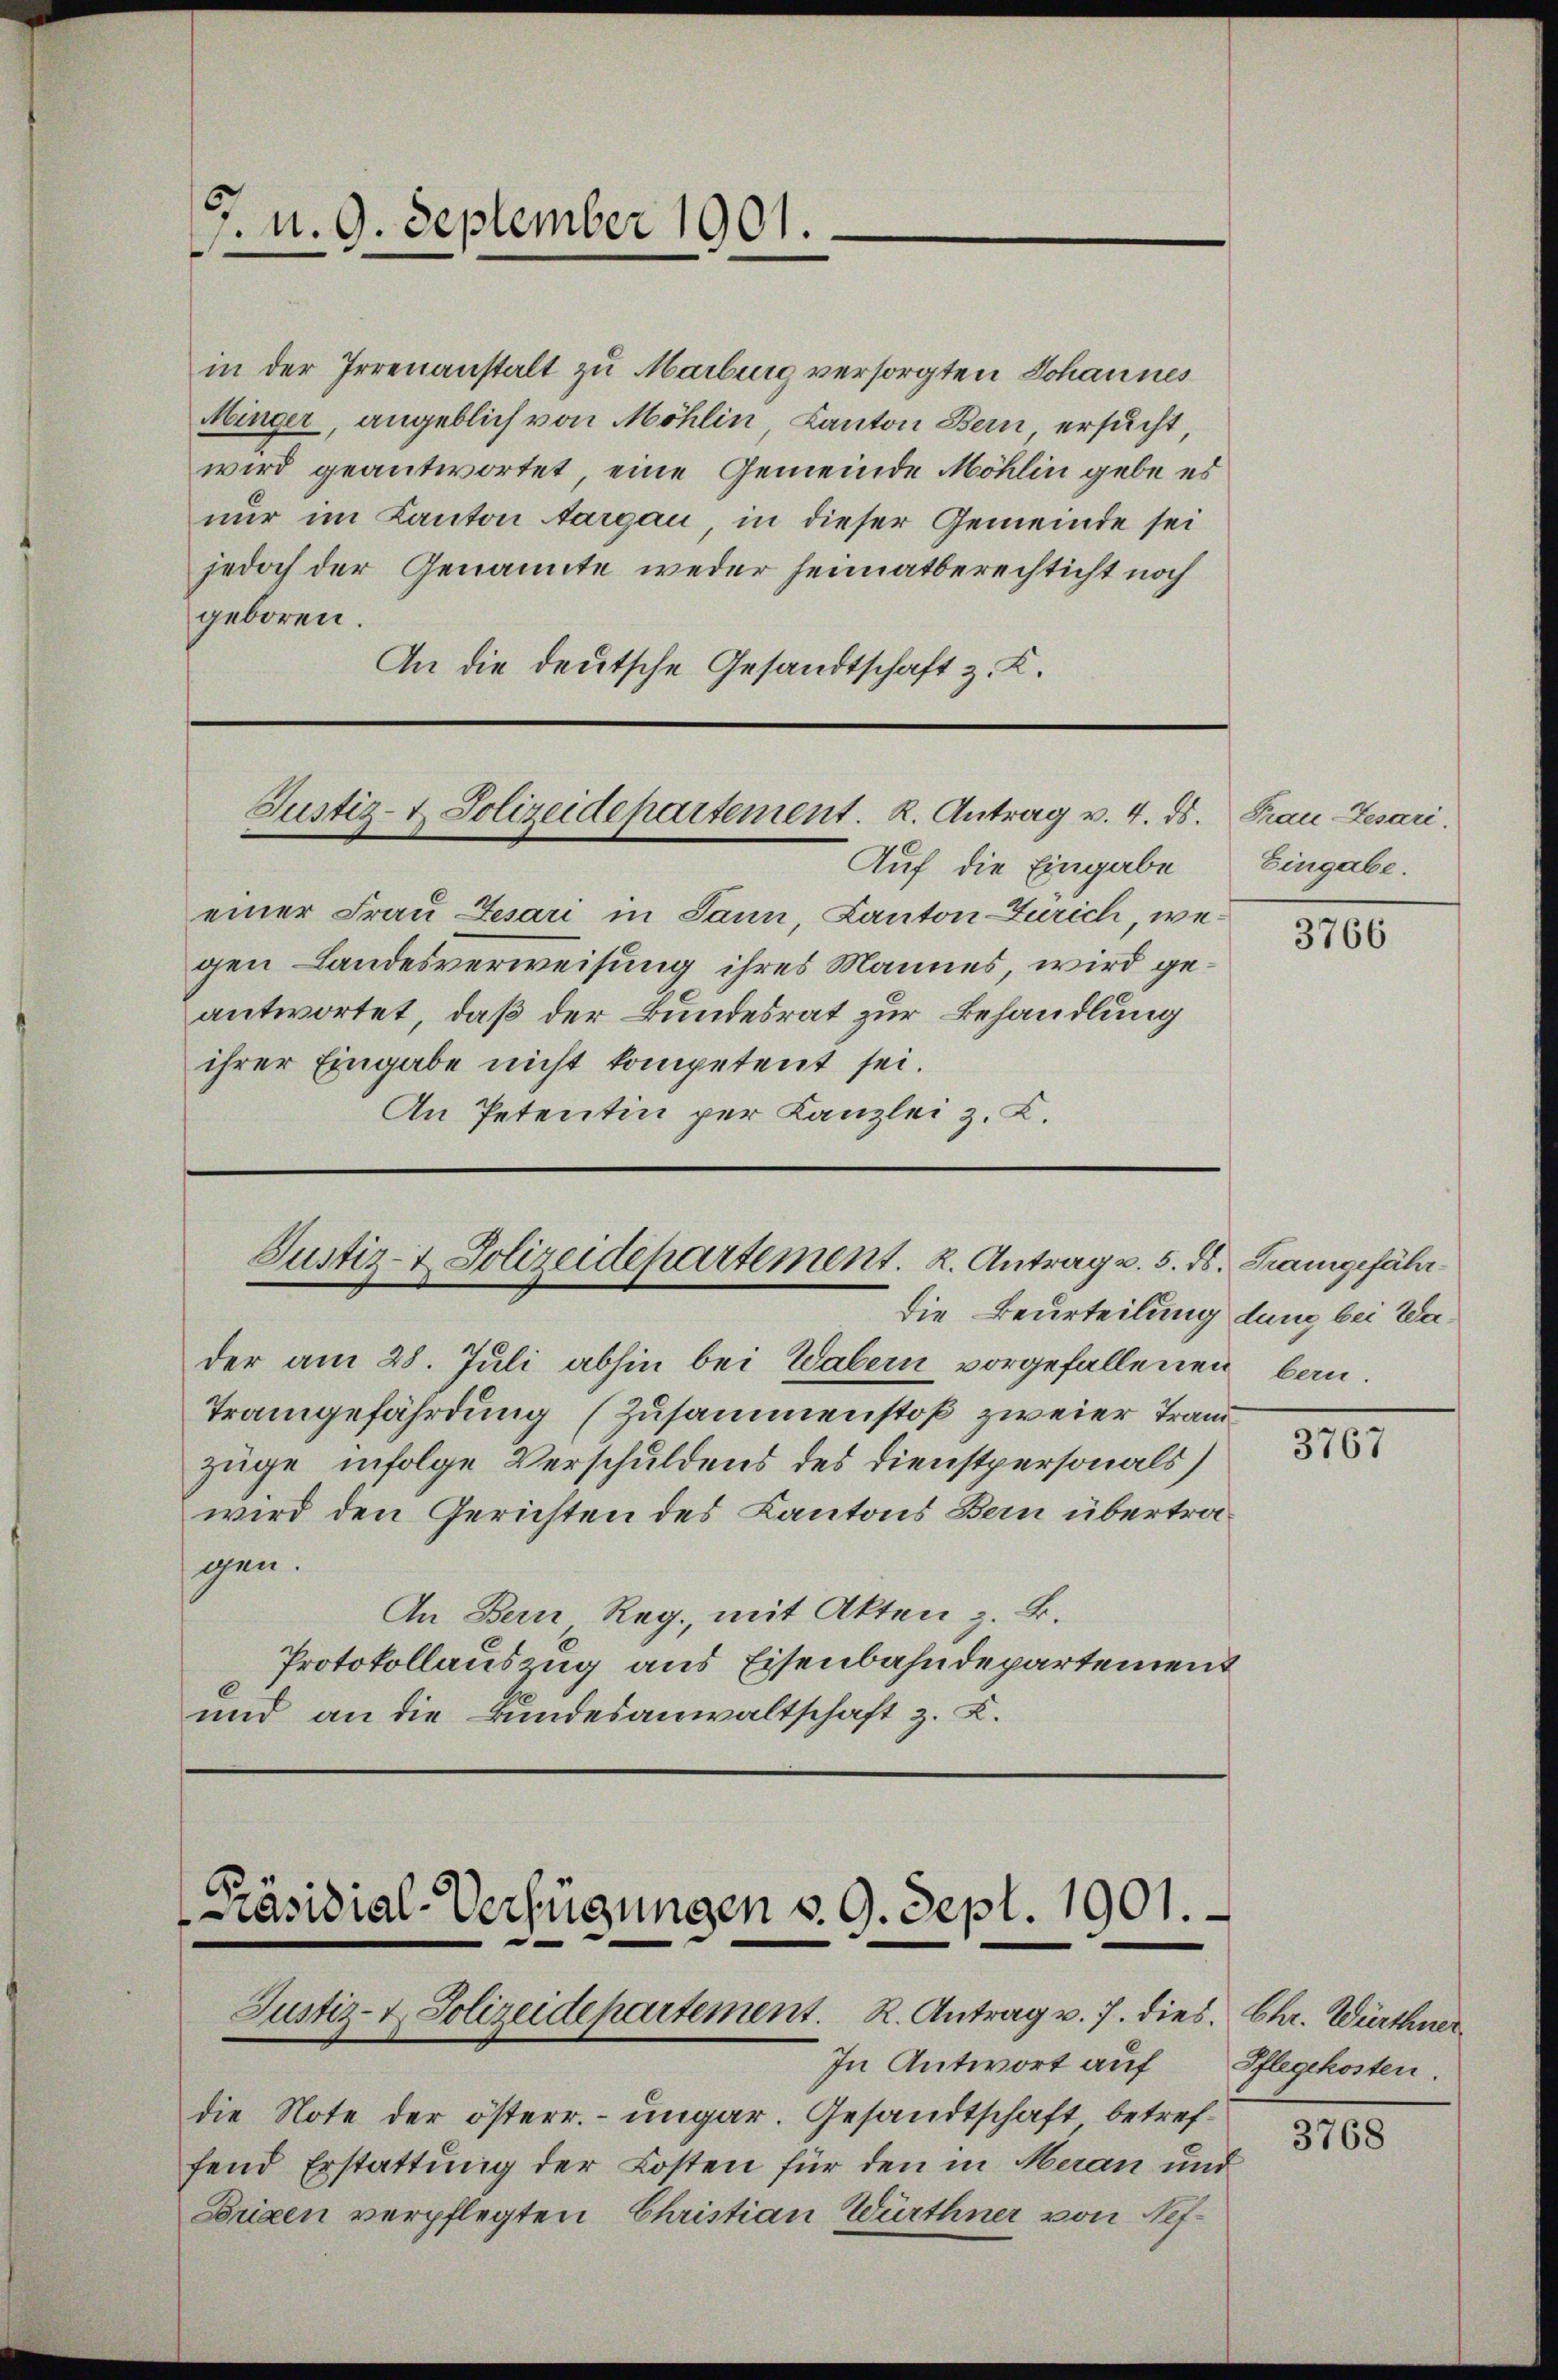
7. d. 9. September 1901.

in der Irrenanstalt zu Marburg versorgten Johannes
Minger, angeblich von Möhlin, Canton Bern ersucht
wird geantwortet, eine Gemeinde Möhlin gebe es
nur im Kanton Aargau in dieser Gemeinde sei
jedoch der Genannte weder Heimatberechticht noch
geboren.
An die deutsche Gesandtschaft z. K.

Justiz- & Polizeidepartement. K. Antrag v. 4. ds.

Auf die Eingabe
einer Frau Jesari in Pann, Kanton Zürich wegen Landesverweisung ihres Mannes, wird geantwortet, daß der Bundesrat zur Behandlung
ihrer Eingabe nicht kompetent sei.
An Petentin per Kanzlei z. L.

der am 28. Juli abhin bei Wabern vorgefallenen bau¬
Trangefährdung (Zusammenstoß zweier Trand
züge infolge Verschuldens des Dienstpersonals)
wird den Gerichten des Kantons Bern übertragen.
An Bern Reg., mit Akten z. B.
Protokollauszug aus Eisenbahndepartement
und an die Bundesanwaltschaft z. K.

Justiz- & Polizeidepartement. 2. Antrag v. 5. ds. Trangefähr
die Beurteilung dung bei Wa¬

Präsidial-Verfügungen v. 9. Sept. 1901.
Justiz- & Polizeidepartement. R. Antrag v. 7. dies. Chr. Würthner

In Antwort auf
die Note der österr. ungar. Gesandtschaft betreffend Erstattung der Kosten für den in Meran und
Brixen verpflegten Christian Würthner von Nef¬

Frau Zesari.
Eingabe.

3766

3767

Pflegekosten.

3768